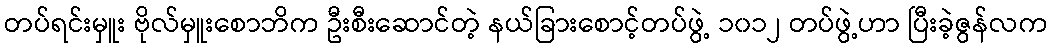
တပ်ရင်းမှူး ဗိုလ်မှူးစောဘိက ဦးစီးဆောင်တဲ့ နယ်ခြားစောင့်တပ်ဖွဲ့ ၁၀၁၂ တပ်ဖွဲ့ဟာ ပြီးခဲ့ဇွန်လက